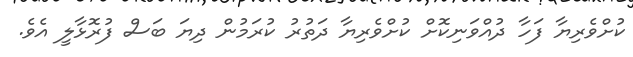
ކުށްވެރިޔާ ފަހާ ދުއްވަނިކޮށް ކުށްވެރިޔާ ދަތުރު ކުރަމުން ދިޔަ ބަސް ފުރޮޅާލީ އެވެ.